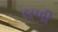
લળી